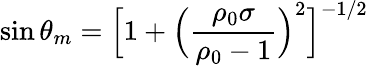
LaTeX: \sin\theta_{m}=\Big[1+\Big(\frac{\rho_{0}\sigma}{\rho_{0}-1}\Big)^{2}\Big]^{-1/2}